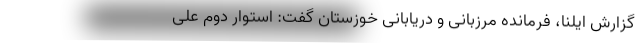
گزارش ایلنا، فرمانده مرزبانی و دریابانی خوزستان گفت: استوار دوم علی